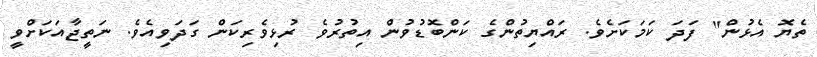
ތެޔޮ އެޅުން" ފަދަ ކަމަކަށެވެ. ރައްޔިތުންގެ ކަންބޮޑުވުން އިތުރުވެ ރުޅިވެރިކަން ގަދަވިއެވެ. ނަތީޖާއަކަށްވީ